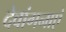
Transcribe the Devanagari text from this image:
देवांगनाएं